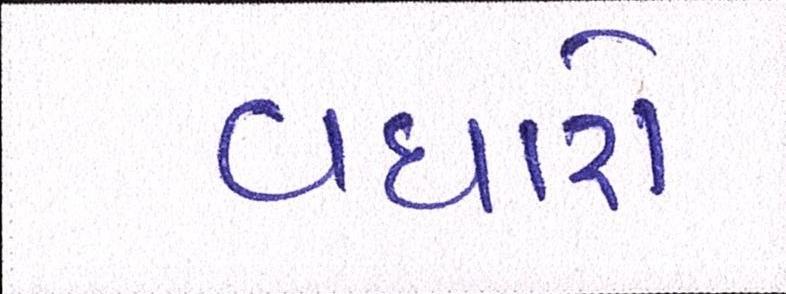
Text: વધારો